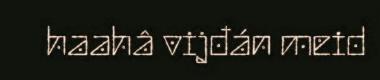
haahâ vijđán meid